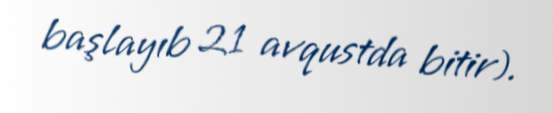
başlayıb 21 avqustda bitir).